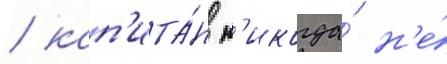
/ кап'ита́н н'икогда́ н'е́